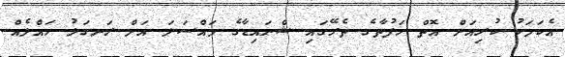
އެކަމަކު ކުރިއަށް އޮތް ހަފުތާގެ ތެރޭގައި ޝްނައިޑާގެ މައްސަލަ އަށް ރަނގަޅު ހައްލެއް